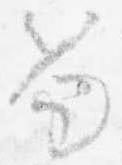
笏